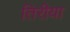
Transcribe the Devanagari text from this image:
तिरीया